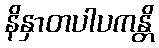
နိနှာတပါပကန္တိ